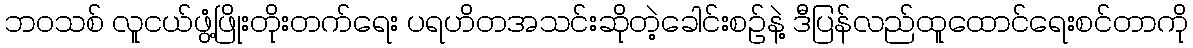
ဘဝသစ် လူငယ်ဖွံ့ဖြိုးတိုးတက်ရေး ပရဟိတအသင်းဆိုတဲ့ခေါင်းစဉ်နဲ့ ဒီပြန်လည်ထူထောင်ရေးစင်တာကို